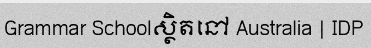
Grammar Schoolស្ថិតនៅ Australia | IDP